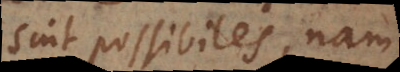
sint possibiles, nam